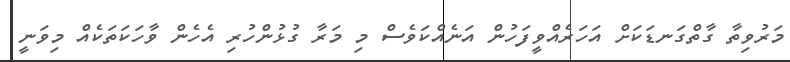
މަރުވިތާ ގާތްގަނޑަކަށް އަހަރެއްވީފަހުން އަނެއްކަވެސް މި މަރާ ގުޅުންހުރި އެހެން ވާހަކަތަކެއް މިވަނީ